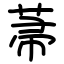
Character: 菷